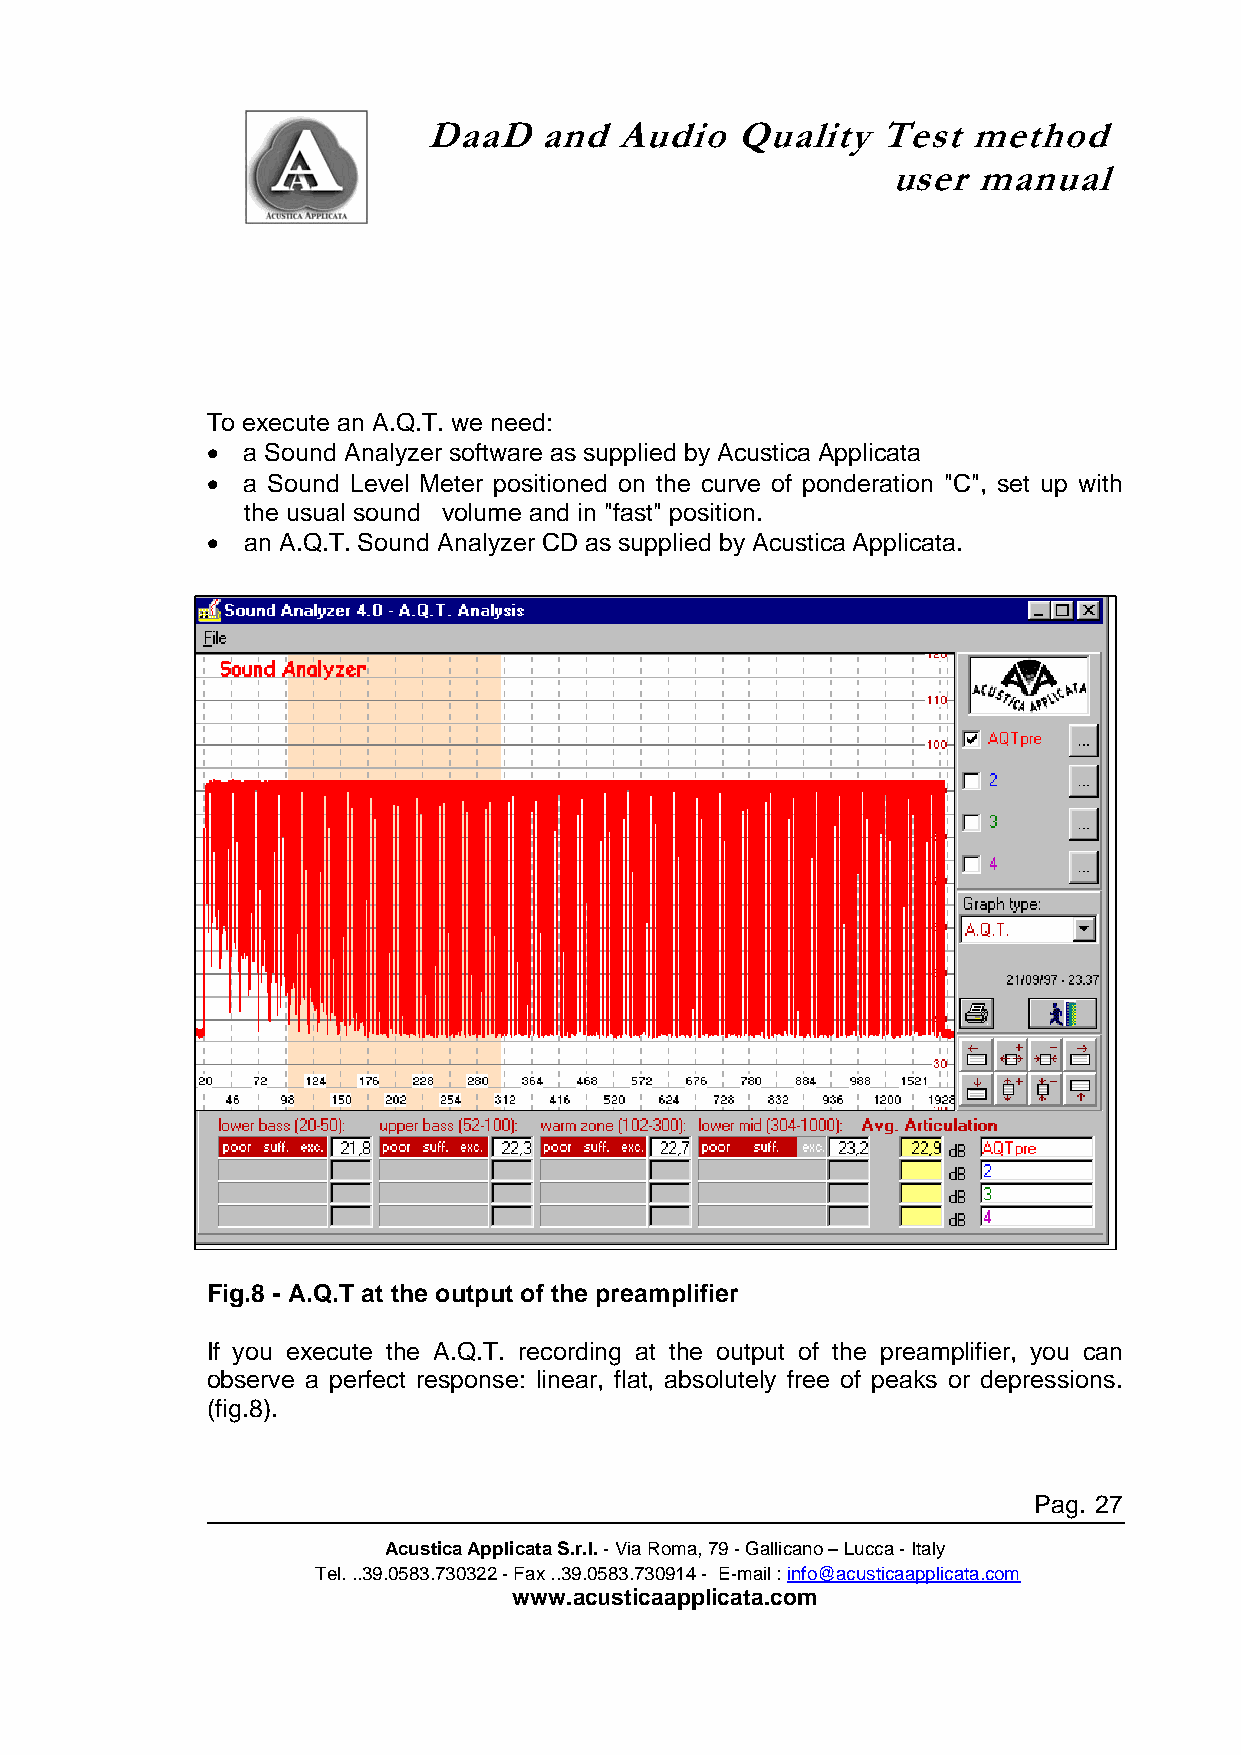
DaaD    and  Audio   Quality  Test  method
 user  manual
 To execute an A.Q.T. we need:
 • a Sound Analyzer software as supplied by Acustica Applicata
 • a Sound Level Meter positioned on the curve of ponderation "C", set up with
 the usual sound volume and in "fast" position.
 • an A.Q.T. Sound Analyzer CD as supplied by Acustica Applicata.
 Fig.8 - A.Q.T at the output of the preamplifier
 If you execute the A.Q.T. recording at the output of the preamplifier, you can
 observe a perfect response: linear, flat, absolutely free of peaks or depressions.
 (fig.8).
 Pag. 27
 Acustica Applicata S.r.l. - Via Roma, 79 - Gallicano – Lucca - Italy
 Tel. ..39.0583.730322 - Fax ..39.0583.730914 - E-mail : info@acusticaapplicata.com
 www.acusticaapplicata.com